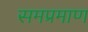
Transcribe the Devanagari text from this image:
समप्रमाण